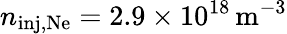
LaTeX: n_{\mathrm{inj,Ne}}=2.9\times 10^{18}\, \mathrm{m^{-3}}